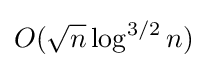
O({\sqrt {n}}\log ^{3/2}n)